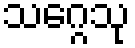
သဂ္ဂေသု